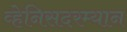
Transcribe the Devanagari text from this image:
व्हेनिसदरम्यान